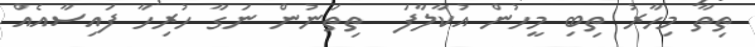
ތިތާ މިހާރު ތިބި މީހުން އުކާލާފަ  ތިތަނުން ނަގާ ހުރިހާ ފައިސާއެއް